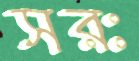
সরঃ